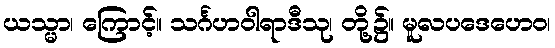
ယသ္မာ၊ ကြောင့်။ သင်္ဂဟဝါရာဒီသု၊ တို့၌။ မူလပဒေဟေဝ၊